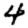
Digit: 4